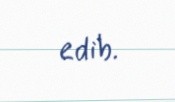
edib.